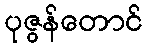
ပုဇွန်တောင်